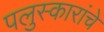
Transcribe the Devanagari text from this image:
पलुस्कारांचे